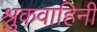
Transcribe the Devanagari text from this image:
श्रुकवाहिनी